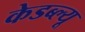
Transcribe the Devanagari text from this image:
केडब्ल्यू